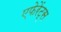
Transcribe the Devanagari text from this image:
एफेरेंट्स